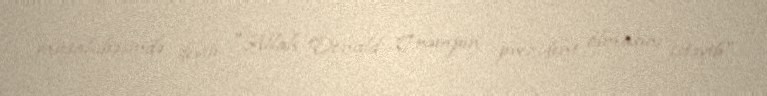
müsahibəsində deyib: "Allah Donald Trampın prezident olmasını istəyib".